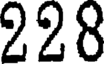
228